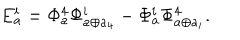
LaTeX: E _ { a } ^ { i } = \Phi _ { a } ^ { 4 } \Phi _ { a \oplus a _ { 4 } } ^ { i } - \Phi _ { a } ^ { i } \Phi _ { a \oplus a _ { i } } ^ { 4 } .